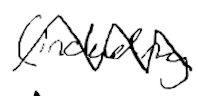
Text: (including
Cross-out: zig-zag
Writing tool: digital_black